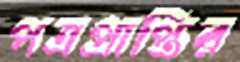
পত্রপ্রাপ্তির